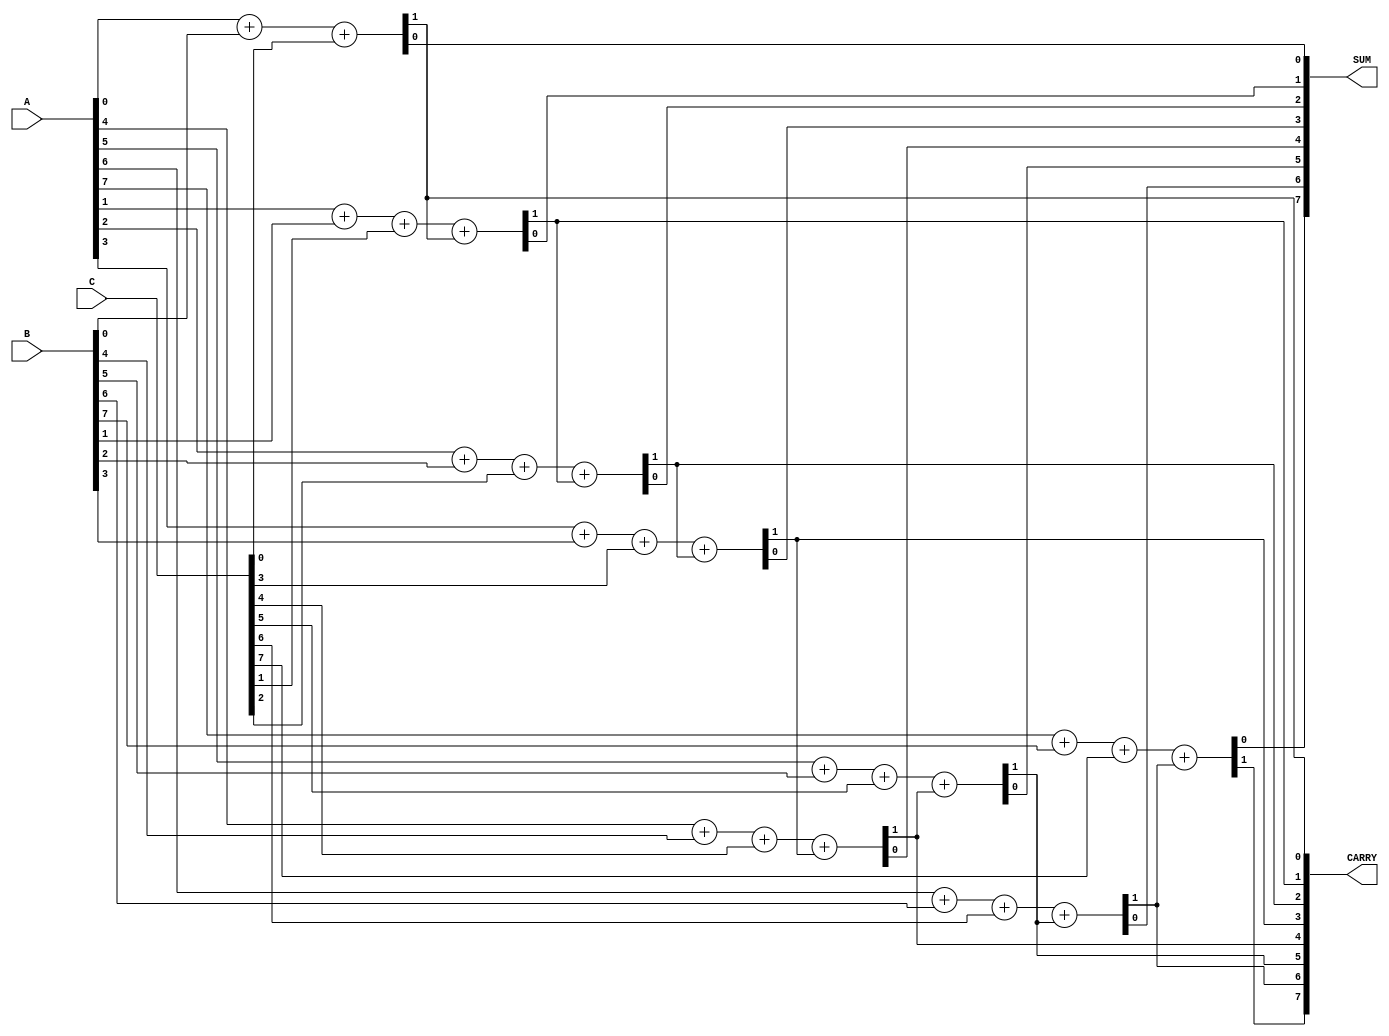
module ripple_carry_save_adder #(parameter N = 8) (
    input  [N-1:0] A,  // First operand
    input  [N-1:0] B,  // Second operand
    input  [N-1:0] C,  // Third operand
    output [N-1:0] SUM, // Sum output
    output [N:0] CARRY   // Carry output (N+1 bits to accommodate carry out)
);

    wire [N:0] carry; // Internal carry wires
    wire [N-1:0] sum; // Internal sum wires

    // Generate full adders for each bit
    genvar i;
    generate
        for (i = 0; i < N; i = i + 1) begin : full_adder
            if (i == 0) begin
                // For the least significant bit, no carry-in
                assign {carry[i], sum[i]} = A[i] + B[i] + C[i];
            end else begin
                // For other bits, use the carry from the previous stage
                assign {carry[i], sum[i]} = A[i] + B[i] + C[i] + carry[i-1];
            end
        end
    endgenerate

    // Assign outputs
    assign SUM = sum;         // Final sum output
    assign CARRY = carry;     // Final carry output

endmodule